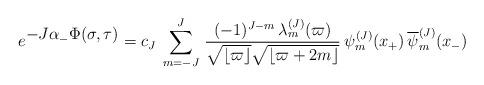
LaTeX: \begin{align*}e^{\textstyle -J\alpha_-\Phi(\sigma, \tau )}=c_J \>\sum _{m=-J}^J \,{(-1)^{J-m}\, \lambda_m^{(J)}(\varpi)\over\sqrt{\lfloor \varpi\rfloor} \sqrt { \lfloor \varpi+2m\rfloor} } \>\psi_m^{(J)}(x_+)\,{\overline \psi_{m}^{(J)}}(x_-)\end{align*}